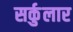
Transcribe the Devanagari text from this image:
सर्कुलार